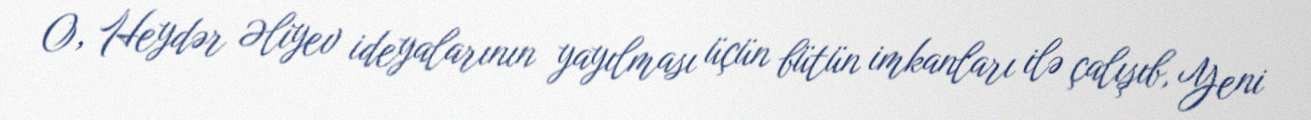
O, Heydər Əliyev ideyalarının yayılması üçün bütün imkanları ilə çalışıb, Yeni